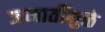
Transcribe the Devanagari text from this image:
जमातींमुळे